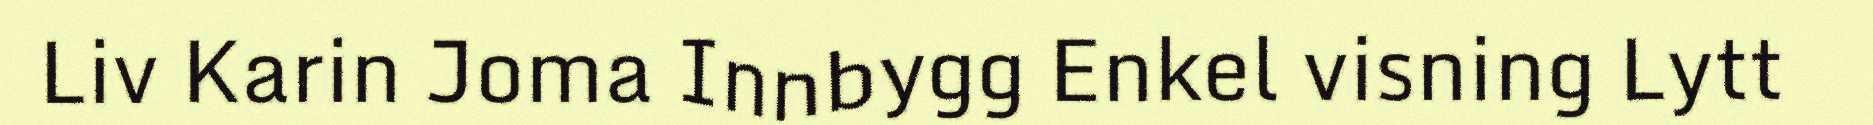
Liv Karin Joma Innbygg Enkel visning Lytt